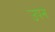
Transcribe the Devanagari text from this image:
उपन